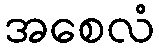
အစေလံ